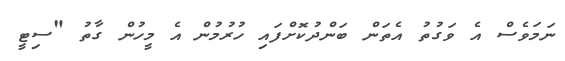
ނަމަވެސް އެ ވަގުތު އެތަން ބަންދުކޮށްފައި ހުރުމުން އެ މީހުން ގާތު "ސިޓީ